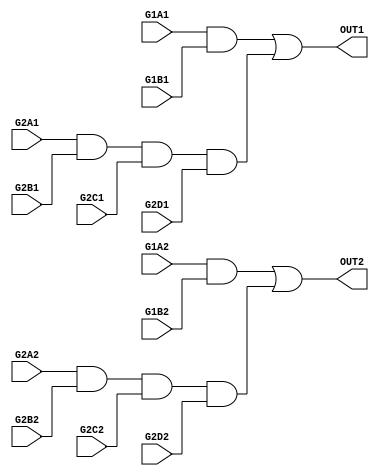
/*
 * $Id$
 */

module part_9S42_1 ( G1A1, G1B1, G2A1, G2B1, G2C1, G2D1, 
		     G1A2, G1B2, G2A2, G2B2, G2C2, G2D2,
		     OUT1, OUT2 );
  input G1A1, G1B1, G2A1, G2B1, G2C1, G2D1;
  input G1A2, G1B2, G2A2, G2B2, G2C2, G2D2;
  output OUT1, OUT2;

  assign OUT1 = (G1A1 & G1B1) | (G2A1 & G2B1 & G2C1 & G2D1);
  assign OUT2 = (G1A2 & G1B2) | (G2A2 & G2B2 & G2C2 & G2D2);

endmodule